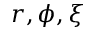
r , \phi , \xi